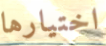
اختيارها